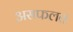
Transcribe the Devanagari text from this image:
असफलत